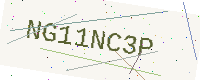
Text: NG11NC3P